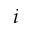
i